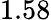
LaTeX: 1.58